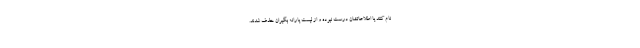
نام کنند یا اطلاعاتشان درست نبوده و از لیست یارانه بگیران حذف شدند.